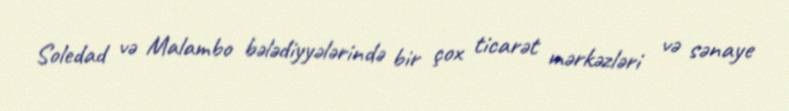
Soledad və Malambo bələdiyyələrində bir çox ticarət mərkəzləri və sənaye